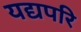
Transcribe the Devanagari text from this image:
यद्यपरि